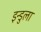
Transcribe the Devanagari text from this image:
इन्डुला